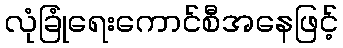
လုံခြုံရေးကောင်စီအနေဖြင့်